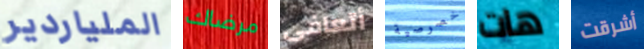
الملياردير مرضاك أتعافى خصوصية هات أشرقت